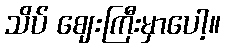
သိပ် ဈေးကြီးမှာပေါ့။